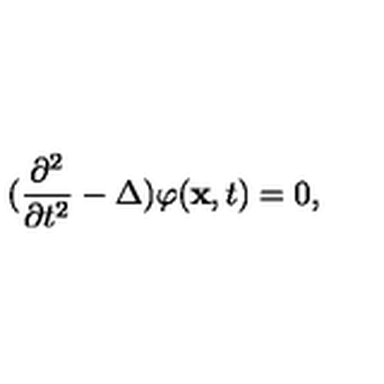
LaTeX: ( \frac { \partial ^ { 2 } } { \partial t ^ { 2 } } - \Delta ) \varphi ( \mathrm { \bf x } , t ) = 0 ,